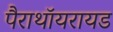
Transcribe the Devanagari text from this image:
पैराथॉयरायड